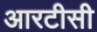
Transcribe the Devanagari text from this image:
आरटीसी